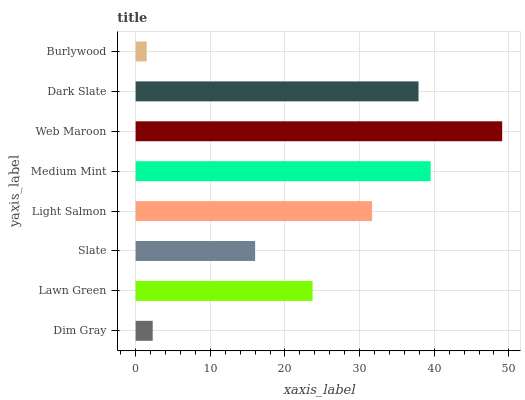
| yaxis_label | bars |
 | --- | --- |
 | Dim Gray | 2.29 |
 | Lawn Green | 23.7 |
 | Slate | 16 |
 | Light Salmon | 31.7 |
 | Medium Mint | 39.5 |
 | Web Maroon | 49.1 |
 | Dark Slate | 37.9 |
 | Burlywood | 1.48 |